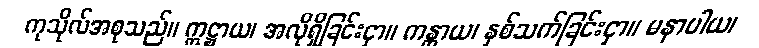
ကုသိုလ်အစုသည်။ ဣဋ္ဌာယ၊ အလိုရှိခြင်းငှာ။ ကန္တာယ၊ နှစ်သက်ခြင်းငှာ။ မနာပါယ၊